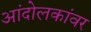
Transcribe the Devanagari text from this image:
आंदोलकांवर